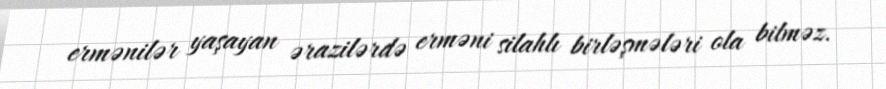
ermənilər yaşayan ərazilərdə erməni silahlı birləşmələri ola bilməz.